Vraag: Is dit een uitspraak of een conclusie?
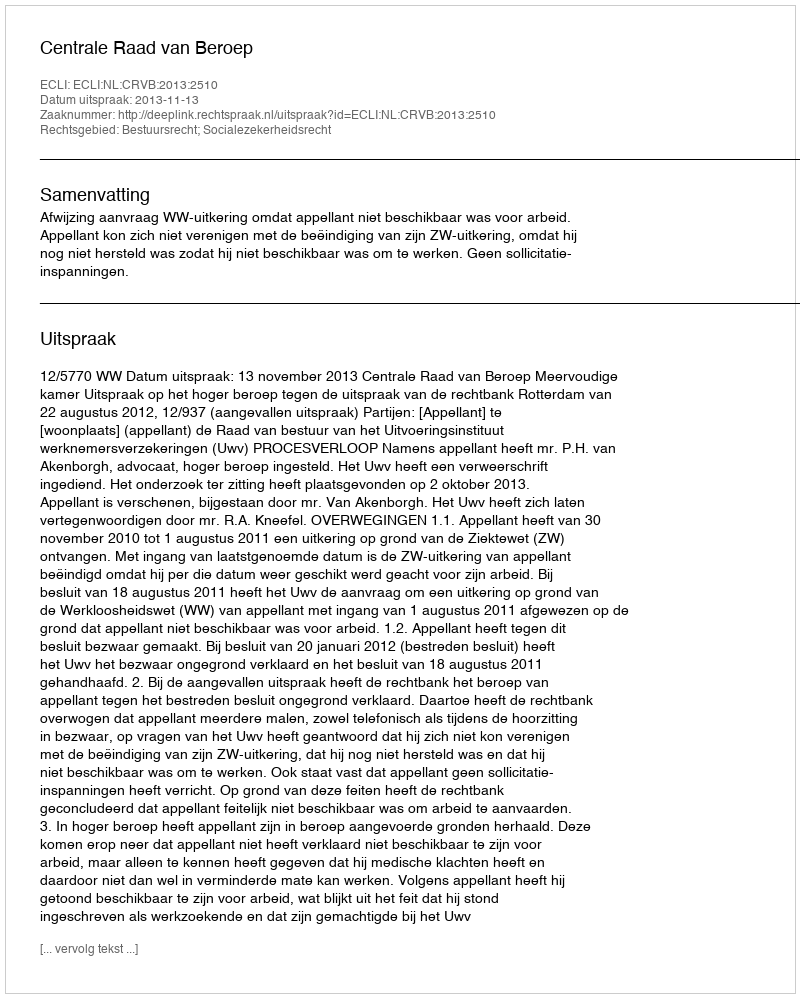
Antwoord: Uitspraak